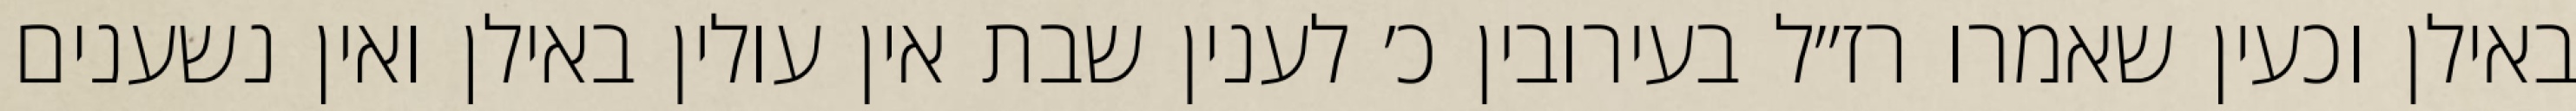
באילן וכעין שאמרו רז״ל בעירובין כ׳ לענין שבת אין עולין באילן ואין נשענים